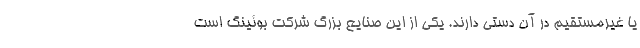
یا غیرمستقیم در آن دستی دارند. یکی از این صنایع بزرگ شرکت بوئینگ است